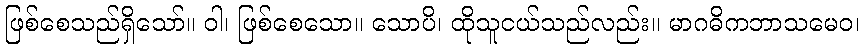
ဖြစ်စေသည်ရှိသော်။ ဝါ၊ ဖြစ်စေသော။ သောပိ၊ ထိုသူငယ်သည်လည်း။ မာဂဓိကဘာသမေဝ၊